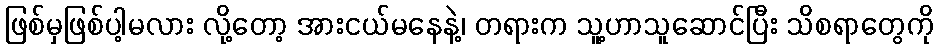
ဖြစ်မှဖြစ်ပါ့မလား လို့တော့ အားငယ်မနေနဲ့၊ တရားက သူ့ဟာသူဆောင်ပြီး သိစရာတွေကို